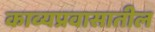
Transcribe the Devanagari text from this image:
काव्यप्रवासातील